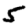
Digit: 5